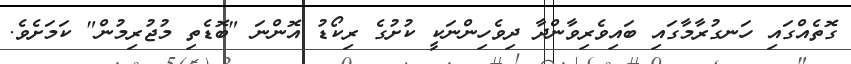
ގޮތެއްގައި ހަނގުރާމާގައި ބައިވެރިވާންދާ ދިވެހިންނަކީ ކުށުގެ ރިކޯޑު އޮންނަ "ބޮޑެތި މުޖުރިމުން" ކަމަށެވެ.